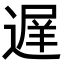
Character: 遅